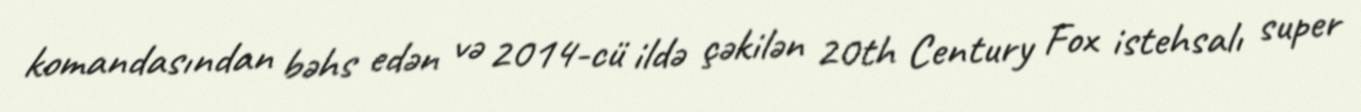
komandasından bəhs edən və 2014-cü ildə çəkilən 20th Century Fox istehsalı super